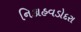
નિકાહવડોદરા